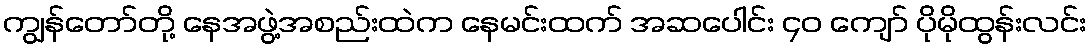
ကျွန်တော်တို့ နေအဖွဲ့အစည်းထဲက နေမင်းထက် အဆပေါင်း ၄၀ ကျော် ပိုမိုထွန်းလင်း